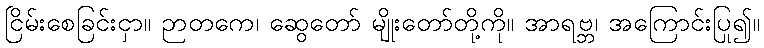
ငြိမ်းစေခြင်းငှာ။ ဉာတကေ၊ ဆွေတော် မျိုးတော်တို့ကို။ အာရဗ္ဘ၊ အကြောင်းပြု၍။